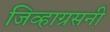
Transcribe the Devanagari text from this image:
जिव्हाग्रसनी